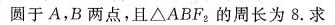
圆于A，B两点，且\bigtriangleup ABF_{2}的周长为8.求